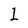
Character: 1